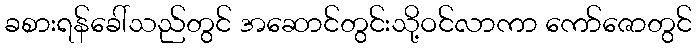
ခစားရန်ခေါ်သည်တွင် အဆောင်တွင်းသို့ဝင်လာကာ ကော်ဇောတွင်